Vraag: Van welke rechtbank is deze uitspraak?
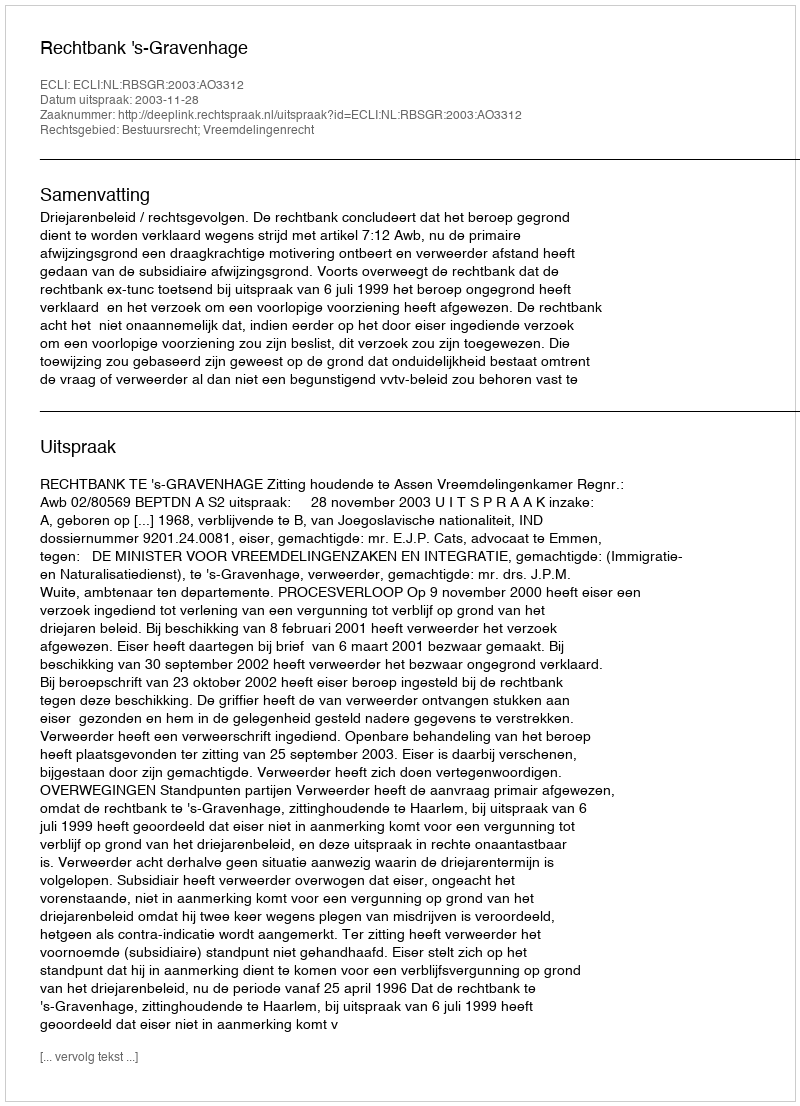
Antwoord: Rechtbank 's-Gravenhage